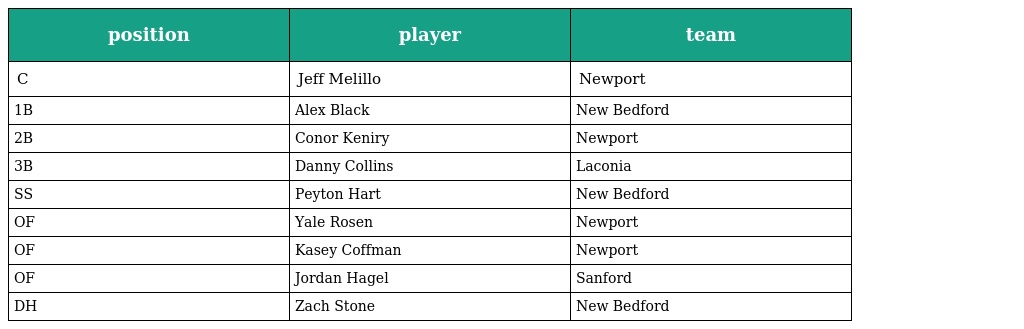
| position | player | team |
 | --- | --- | --- |
 | C | Jeff Melillo | Newport |
 | 1B | Alex Black | New Bedford |
 | 2B | Conor Keniry | Newport |
 | 3B | Danny Collins | Laconia |
 | SS | Peyton Hart | New Bedford |
 | OF | Yale Rosen | Newport |
 | OF | Kasey Coffman | Newport |
 | OF | Jordan Hagel | Sanford |
 | DH | Zach Stone | New Bedford |